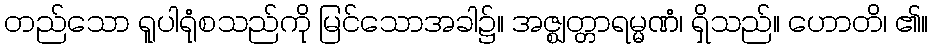
တည်သော ရူပါရုံစသည်ကို မြင်သောအခါ၌။ အဇ္ဈတ္တာရမ္မဏံ၊ ရှိသည်။ ဟောတိ၊ ၏။